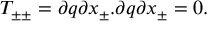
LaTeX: T _ { \pm \pm } = { \partial q \o { \partial x _ { \pm } } } . { \partial q \o { \partial x _ { \pm } } } = 0 .